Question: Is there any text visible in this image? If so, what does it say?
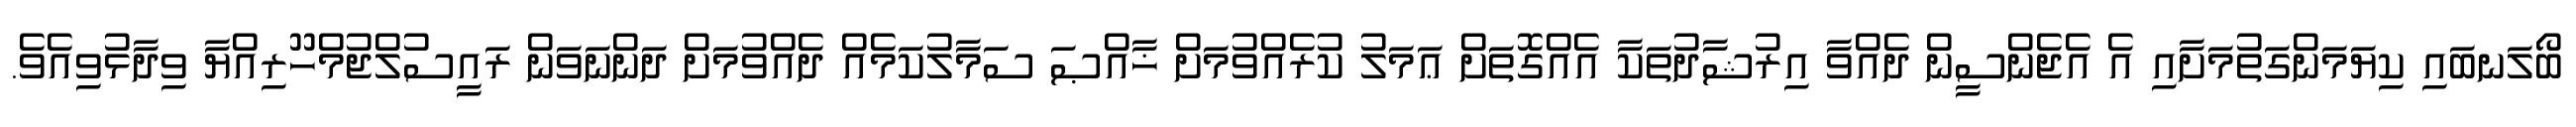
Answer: ބޯލަނބައި ކިޔަމަންގަތުމަށާއި އެ އެޖެންސީން ދެއްވާ އިރުޝާދުތަކާ އެއްގޮތަށް ޢަމަލު ކުރެއްވުމަށް ޚާއްޞަ ސަމާލުކަމެއް ދެއްވުމަށް ދަންނަވަން ރައީސުލްޖުމްހޫރިއްޔާ ވިދާޅުވިއެވެ.